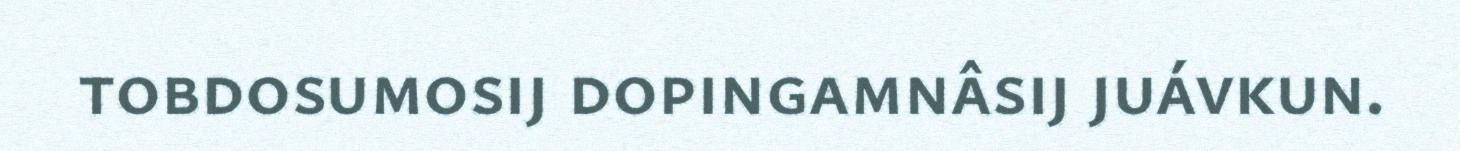
tobdosumosij dopingamnâsij juávkun.